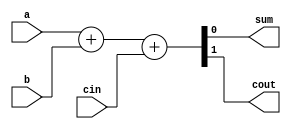
module full_add3(a,b,cin,sum,cout);
input a,b,cin;
output sum,cout;
assign {cout,sum}=a+b+cin;
endmodule